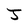
Character: J